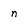
Character: n